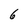
Character: 6